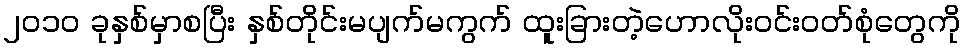
၂၀၁၀ ခုနှစ်မှာစပြီး နှစ်တိုင်းမပျက်မကွက် ထူးခြားတဲ့ဟောလိုးဝင်းဝတ်စုံတွေကို